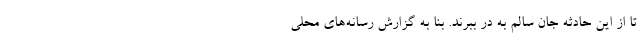
تا از این حادثه جان سالم به در ببرند. بنا به گزارش رسانه‌های محلی